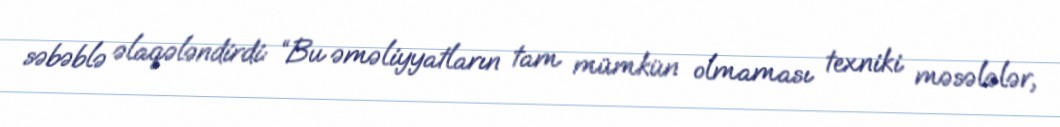
səbəblə əlaqələndirdi: “Bu əməliyyatların tam mümkün olmaması texniki məsələlər,